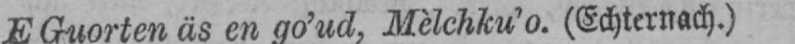
E Guorten äs en go’ud, Mèlchku’o. (Echternach.)